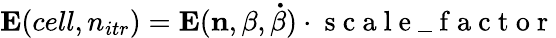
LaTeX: \textit{\textbf{E}}(cell,n_{itr})=\mathbf{E}(\mathbf{n},\mathbf{\beta},\mathbf{\dot{\beta}})\cdot\mathrm{~s~c~a~l~e~\_ ~f~a~c~t~o~r~}